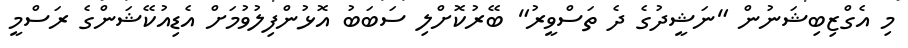
މި އެގްޒިބިޝަނުން "ނަޝީދުގެ ދެ ތަސްވީރު" ބޭރުކޮށްލި ސަބަބު އޮޅުންފިލުވުމަށް އެޑިއުކޭޝަންގެ ރަސްމީ